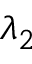
\lambda _ { 2 }